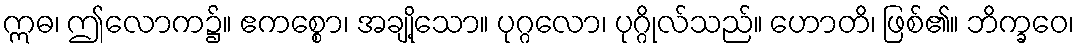
ဣဓ၊ ဤလောက၌။ ဧကစ္စော၊ အချို့သော။ ပုဂ္ဂလော၊ ပုဂ္ဂိုလ်သည်။ ဟောတိ၊ ဖြစ်၏။ ဘိက္ခဝေ၊